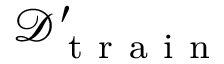
\mathcal { D } _ { \mathrm { ~ t ~ r ~ a ~ i ~ n ~ } } ^ { \prime }